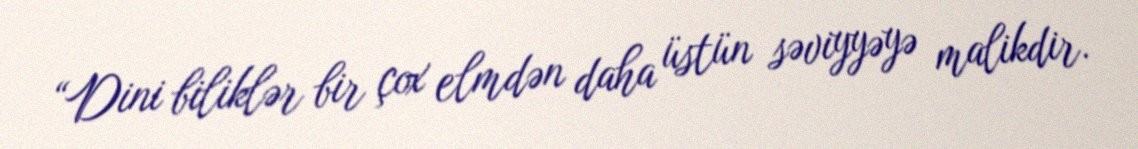
“Dini biliklər bir çox elmdən daha üstün səviyyəyə malikdir.